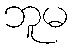
ဘူမ